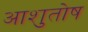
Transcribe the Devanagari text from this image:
अाशुतोष